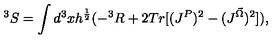
^ 3 S = \int d ^ { 3 } x h ^ { \frac { 1 } { 2 } } ( - ^ { 3 } R + 2 T r [ ( J ^ { P } ) ^ { 2 } - ( J ^ { \vec { \Omega } } ) ^ { 2 } ] ) ,